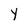
Character: Y